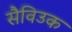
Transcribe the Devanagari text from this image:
सैविउक